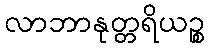
လာဘာနုတ္တရိယဉ္စ